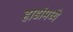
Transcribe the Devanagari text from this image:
हाडांमध्ये